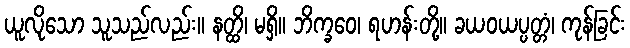
ယူလိုသော သူသည်လည်း။ နတ္ထိ၊ မရှိ။ ဘိက္ခဝေ၊ ရဟန်းတို့။ ခယဝယပ္ပတ္တံ၊ ကုန်ခြင်း